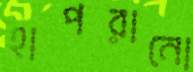
হাপরানো